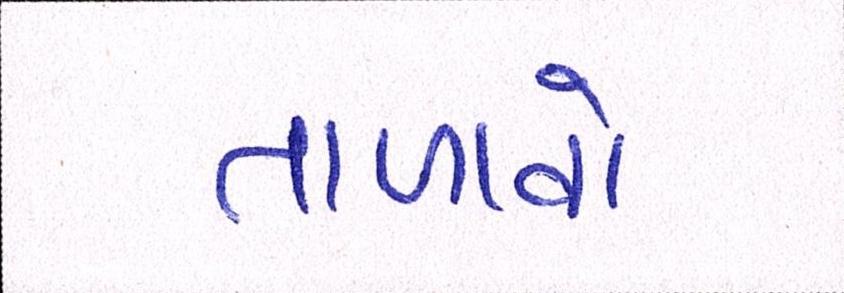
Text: તાળાવો